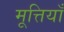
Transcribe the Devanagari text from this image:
मूत्तियाँ